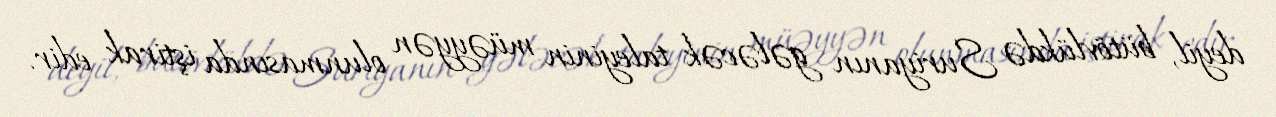
deyil, bütövlükdə Suriyanın gələcək taleyinin müəyyən olunmasında iştirak edir.